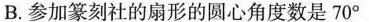
B.参加篆刻社的扇形的圆心角度数是70°